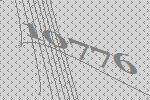
10776